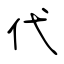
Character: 代